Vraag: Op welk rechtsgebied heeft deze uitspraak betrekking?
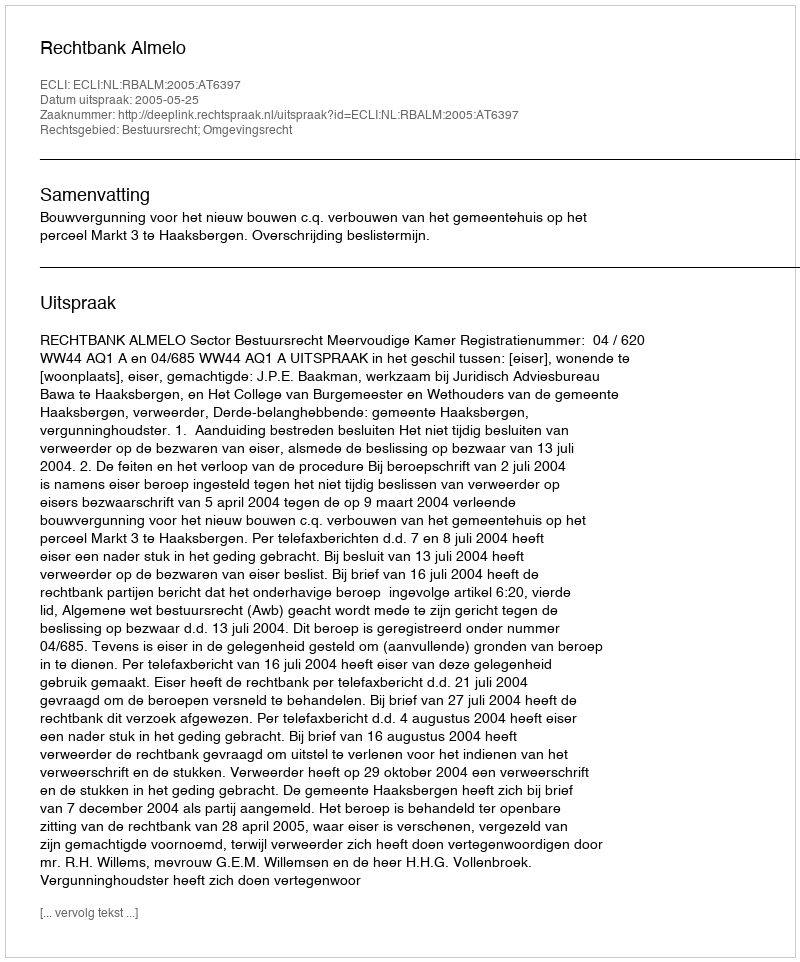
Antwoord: Bestuursrecht; Omgevingsrecht